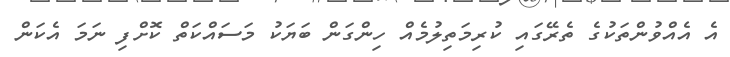
އެ އެއްވުންތަކުގެ ތެރޭގައި ކުރިމަތިލުމެއް ހިންގަން ބަޔަކު މަސައްކަތް ކޮށްފި ނަމަ އެކަން